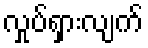
လှုပ်ရှားလျက်